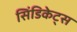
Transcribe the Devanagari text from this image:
सिंडिकेट्स